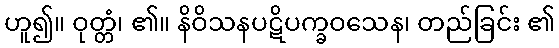
ဟူ၍။ ဝုတ္တံ၊ ၏။ နိဝိသနပဋိပက္ခဝသေန၊ တည်ခြင်း ၏